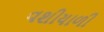
વશીયાળી